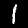
Label: 1